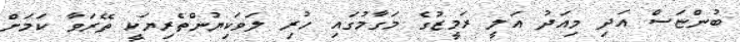
ބުންޏަސް އަދި މިއަދު އަލީ ރަމީޒުގެ މަގާމުގައި ހުރި ލަވަކިޔުންތެރިޔަކީ ތޭރަވާ ކަމަށް